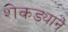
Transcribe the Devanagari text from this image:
शेकड्याने